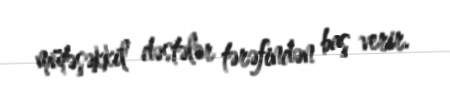
mütəşəkkil dəstələr tərəfindən baş verir.